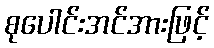
စုပေါင်းအင်အားဖြင့်